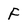
Character: F